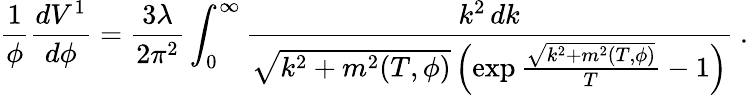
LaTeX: {\frac{1}{\phi}}{\frac{dV^{1}}{d\phi}}={\frac{3\lambda}{2\pi^{2}}}\int_{0}^{\infty}{\frac{k^{2}\, dk}{\sqrt{k^{2}+m^{2}(T,\phi)}\left(\exp{\frac{\sqrt{k^{2}+m^{2}(T,\phi)}}{T}}-1\right)}}\ .